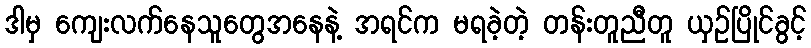
ဒါမှ ကျေးလက်နေသူတွေအနေနဲ့ အရင်က မရခဲ့တဲ့ တန်းတူညီတူ ယှဉ်ပြိုင်ခွင့်